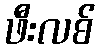
ဖီးလစ်